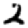
Digit: 2